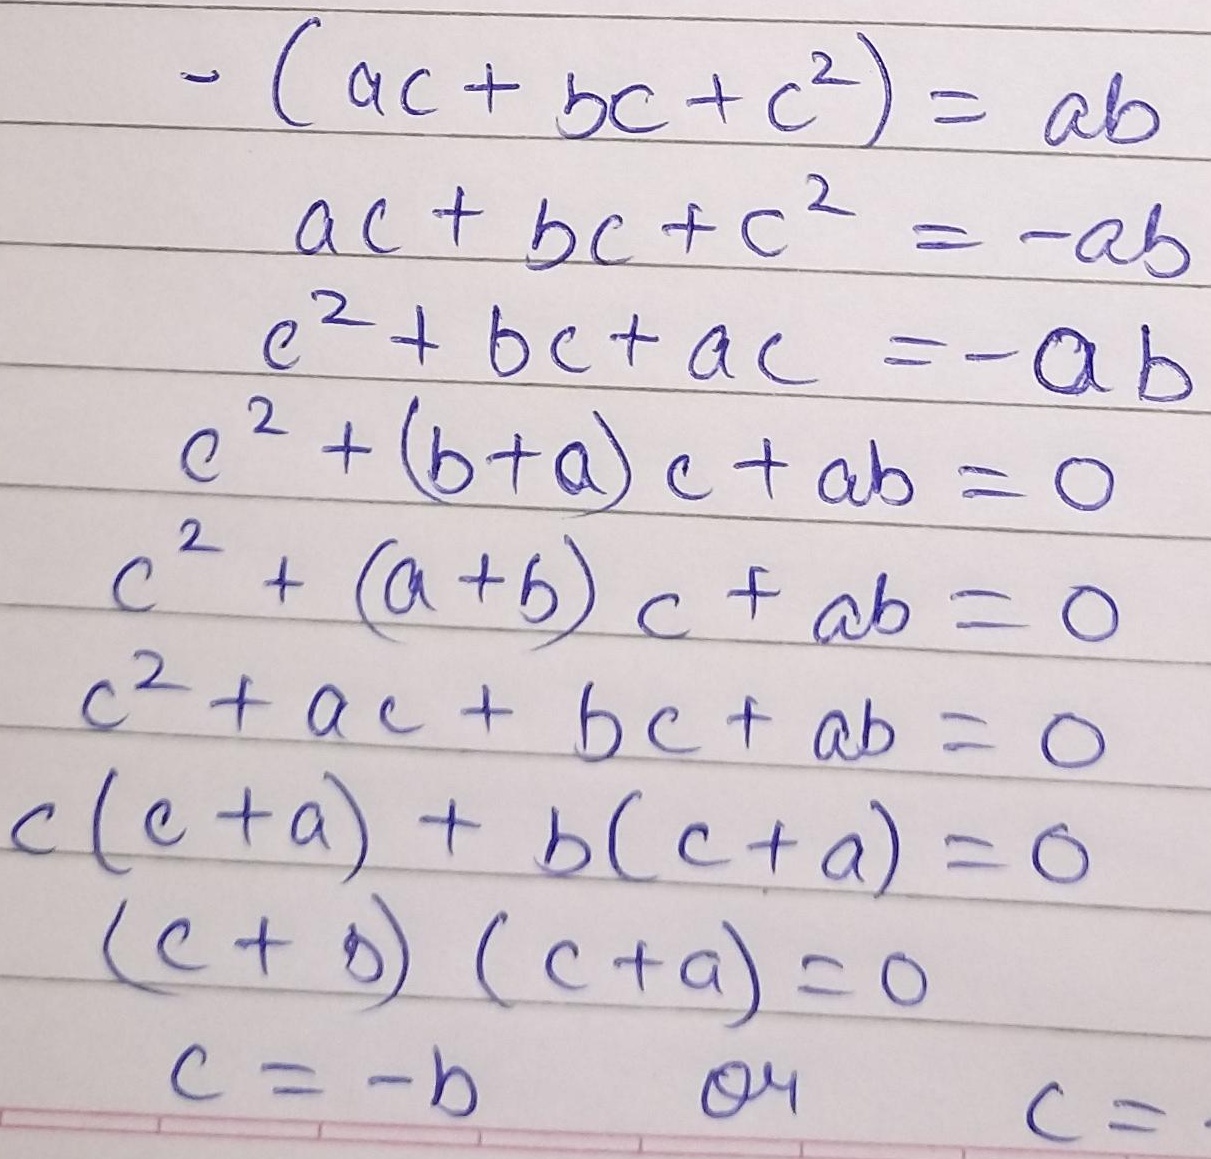
\[\begin{align*}
-(ac + bc + c^{2})&=ab\\
ac + bc + c^{2}&=-ab\\
c^{2}+bc + ac&=-ab\\
c^{2}+(b + a)c + ab&=0\\
c^{2}+(a + b)c + ab&=0\\
c^{2}+ac + bc + ab&=0\\
c(c + a)+b(c + a)&=0\\
(c + b)(c + a)&=0\\
c&=-b\quad\text{or}\quad c =
\end{align*}\]
（注：最后一行未显示完整，按原图输出）